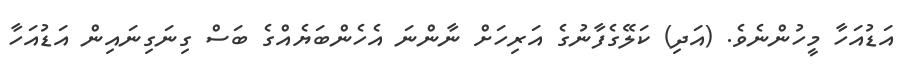
އަޑުއަހާ މީހުންނެވެ. (އަދި) ކަލޭގެފާނުގެ އަރިހަށް ނާންނަ އެހެންބަޔެއްގެ ބަސް ގިނަގިނައިން އަޑުއަހާ